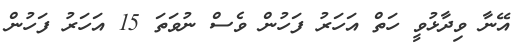
އޭނާ ވިދާޅުވީ ހަތް އަހަރު ފަހުން ވެސް ނުވަތަ 15 އަހަރު ފަހުން